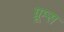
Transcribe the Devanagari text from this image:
ग्रूम्स